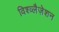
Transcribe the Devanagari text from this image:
विश्व्लैज़ेशन